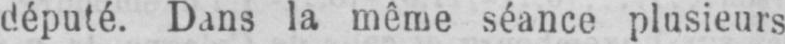
député. Dans la même séance plusieurs